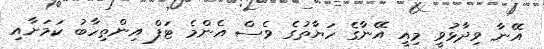
އޭނާ ވިދާޅުވީ މިއީ އޭނާގެ ހަޔާތުގެ ވެސް އެންމެ ޓަފް އިންތިހާބު ކަމަށާއި